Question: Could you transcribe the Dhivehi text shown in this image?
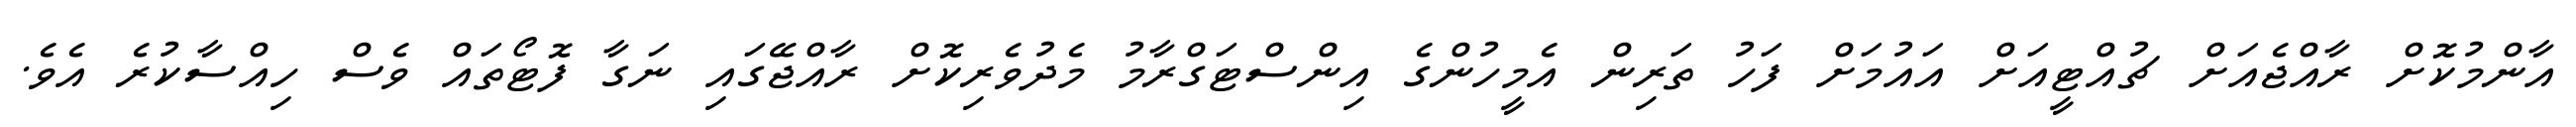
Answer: އާންމުކޮށް ރާއްޖެއަށް ޗުއްޓީއަށް އައުމަށް ފަހު ތަރިން އެމީހުންގެ އިންސްޓަގްރާމު މެދުވެރިކޮށް ރާއްޖޭގައި ނަގާ ފޮޓޯތައް ވެސް ހިއްސާކުރެ އެވެ.